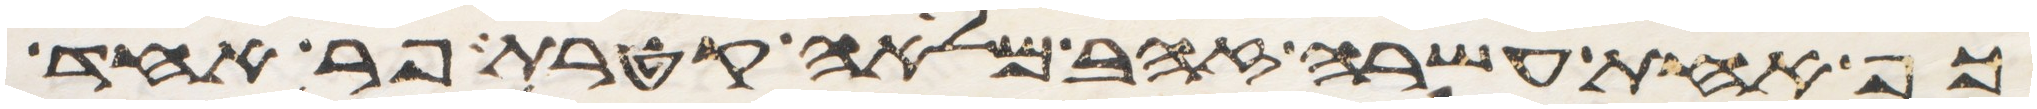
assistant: כף אחת עשרה זהב מלאה קטרת פר אחד